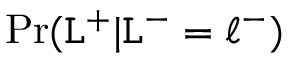
\operatorname* { P r } ( \mathtt { L } ^ { + } | \mathtt { L } ^ { - } = \ell ^ { - } )